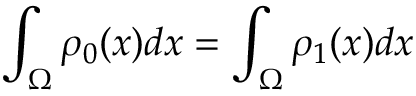
\int _ { \Omega } \rho _ { 0 } ( x ) d x = \int _ { \Omega } \rho _ { 1 } ( x ) d x